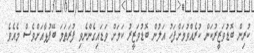
ކުރިން ބޮޑުވަޒީރުކަން ކުރެއްވުމަށްފަހު އަލުން ބޮޑުވަޒީރު ކަމަށް ވަޑައިގެންނެވި ފުރަތަމަ ބޭފުޅާއަށްވެސް މެއެވެ.